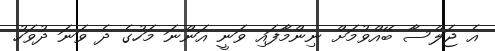
އެ ޖަލްސާ ބޭއްވުމަށް ނިންމާފައި ވަނީ އަންނަ މަހުގެ ދެ ވަނަ ދުވަހު